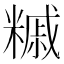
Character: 𥼀